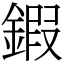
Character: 鍜